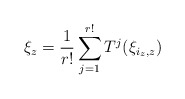
\begin{align*}\xi_z=\frac{1}{r!}\sum_{j=1}^{r!} T^j(\xi_{i_z,z})\end{align*}